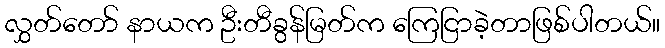
လွှတ်တော် နာယက ဦးတီခွန်မြတ်က ကြေငြာခဲ့တာဖြစ်ပါတယ်။